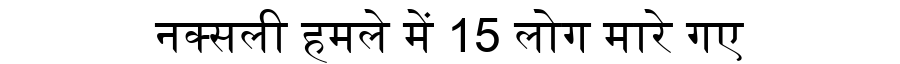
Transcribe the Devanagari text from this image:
नक्सली हमले में 15 लोग मारे गए